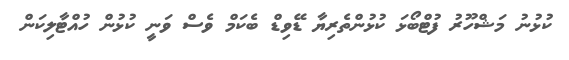
ކުޅުނު މަޝްހޫރު ފުޓްބޯޅަ ކުޅުންތެރިޔާ ޑޭވިޑް ބެކަމް ވެސް ވަނީ ކުޅުން ހުއްޓާލިކަން